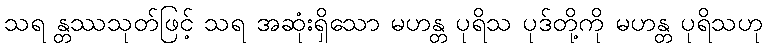
သရ န္တဿသုတ်ဖြင့် သရ အဆုံးရှိသော မဟန္တ ပုရိသ ပုဒ်တို့ကို မဟန္တ ပုရိသဟု